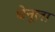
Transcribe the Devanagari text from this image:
धेनूला